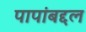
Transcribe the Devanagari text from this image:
पापांबद्दल